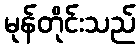
မုန်တိုင်းသည်